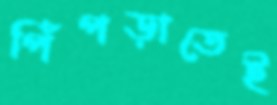
পিঁপড়াতেই